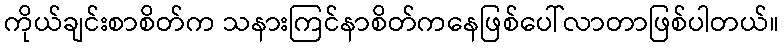
ကိုယ်ချင်းစာစိတ်က သနားကြင်နာစိတ်ကနေဖြစ်ပေါ်လာတာဖြစ်ပါတယ်။